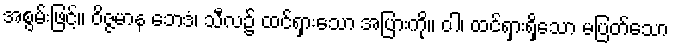
အစွမ်းဖြင့်။ ဝိဇ္ဇမာန ဘေဒံ၊ သီလ၌ ထင်ရှားသော အပြားကို။ ဝါ၊ ထင်ရှားရှိသော မပြတ်သော